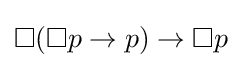
\Box (\Box p\rightarrow p)\rightarrow \Box p